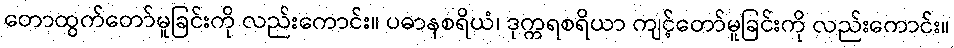
တောထွက်တော်မူခြင်းကို လည်းကောင်း။ ပဓာနစရိယံ၊ ဒုက္ကရစရိယာ ကျင့်တော်မူခြင်းကို လည်းကောင်း။